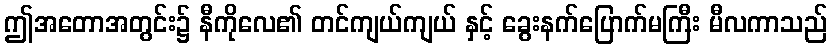
ဤအတောအတွင်း၌ နီကိုလေ၏ တင်ကျယ်ကျယ် နှင့် ခွေးနက်ပြောက်မကြီး မီလကာသည်